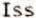
ISS